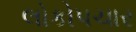
લોકોપચાર